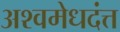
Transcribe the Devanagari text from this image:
अश्वमेधदंत्त